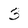
Character: 3